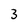
Character: 3